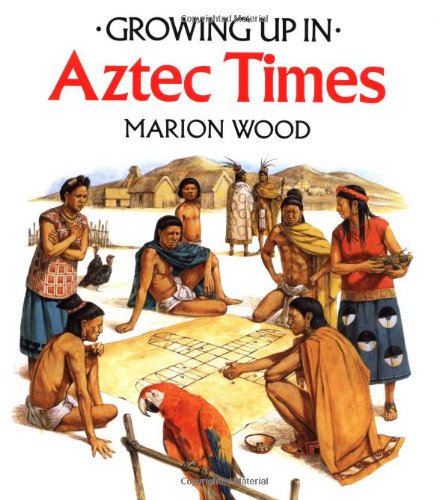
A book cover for Growing Up In Aztec Times (Growing Up In series); Marion Wood; Children's Books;